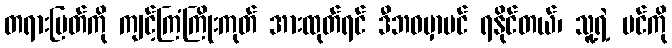
တရားမြတ်ကို ကျင့်ကြံကြိုးကုတ် အားထုတ်ရင် ဒီဘဝမှာပင် ရနိုင်တယ်၊ သူ့ရဲ့ ပင်ကို